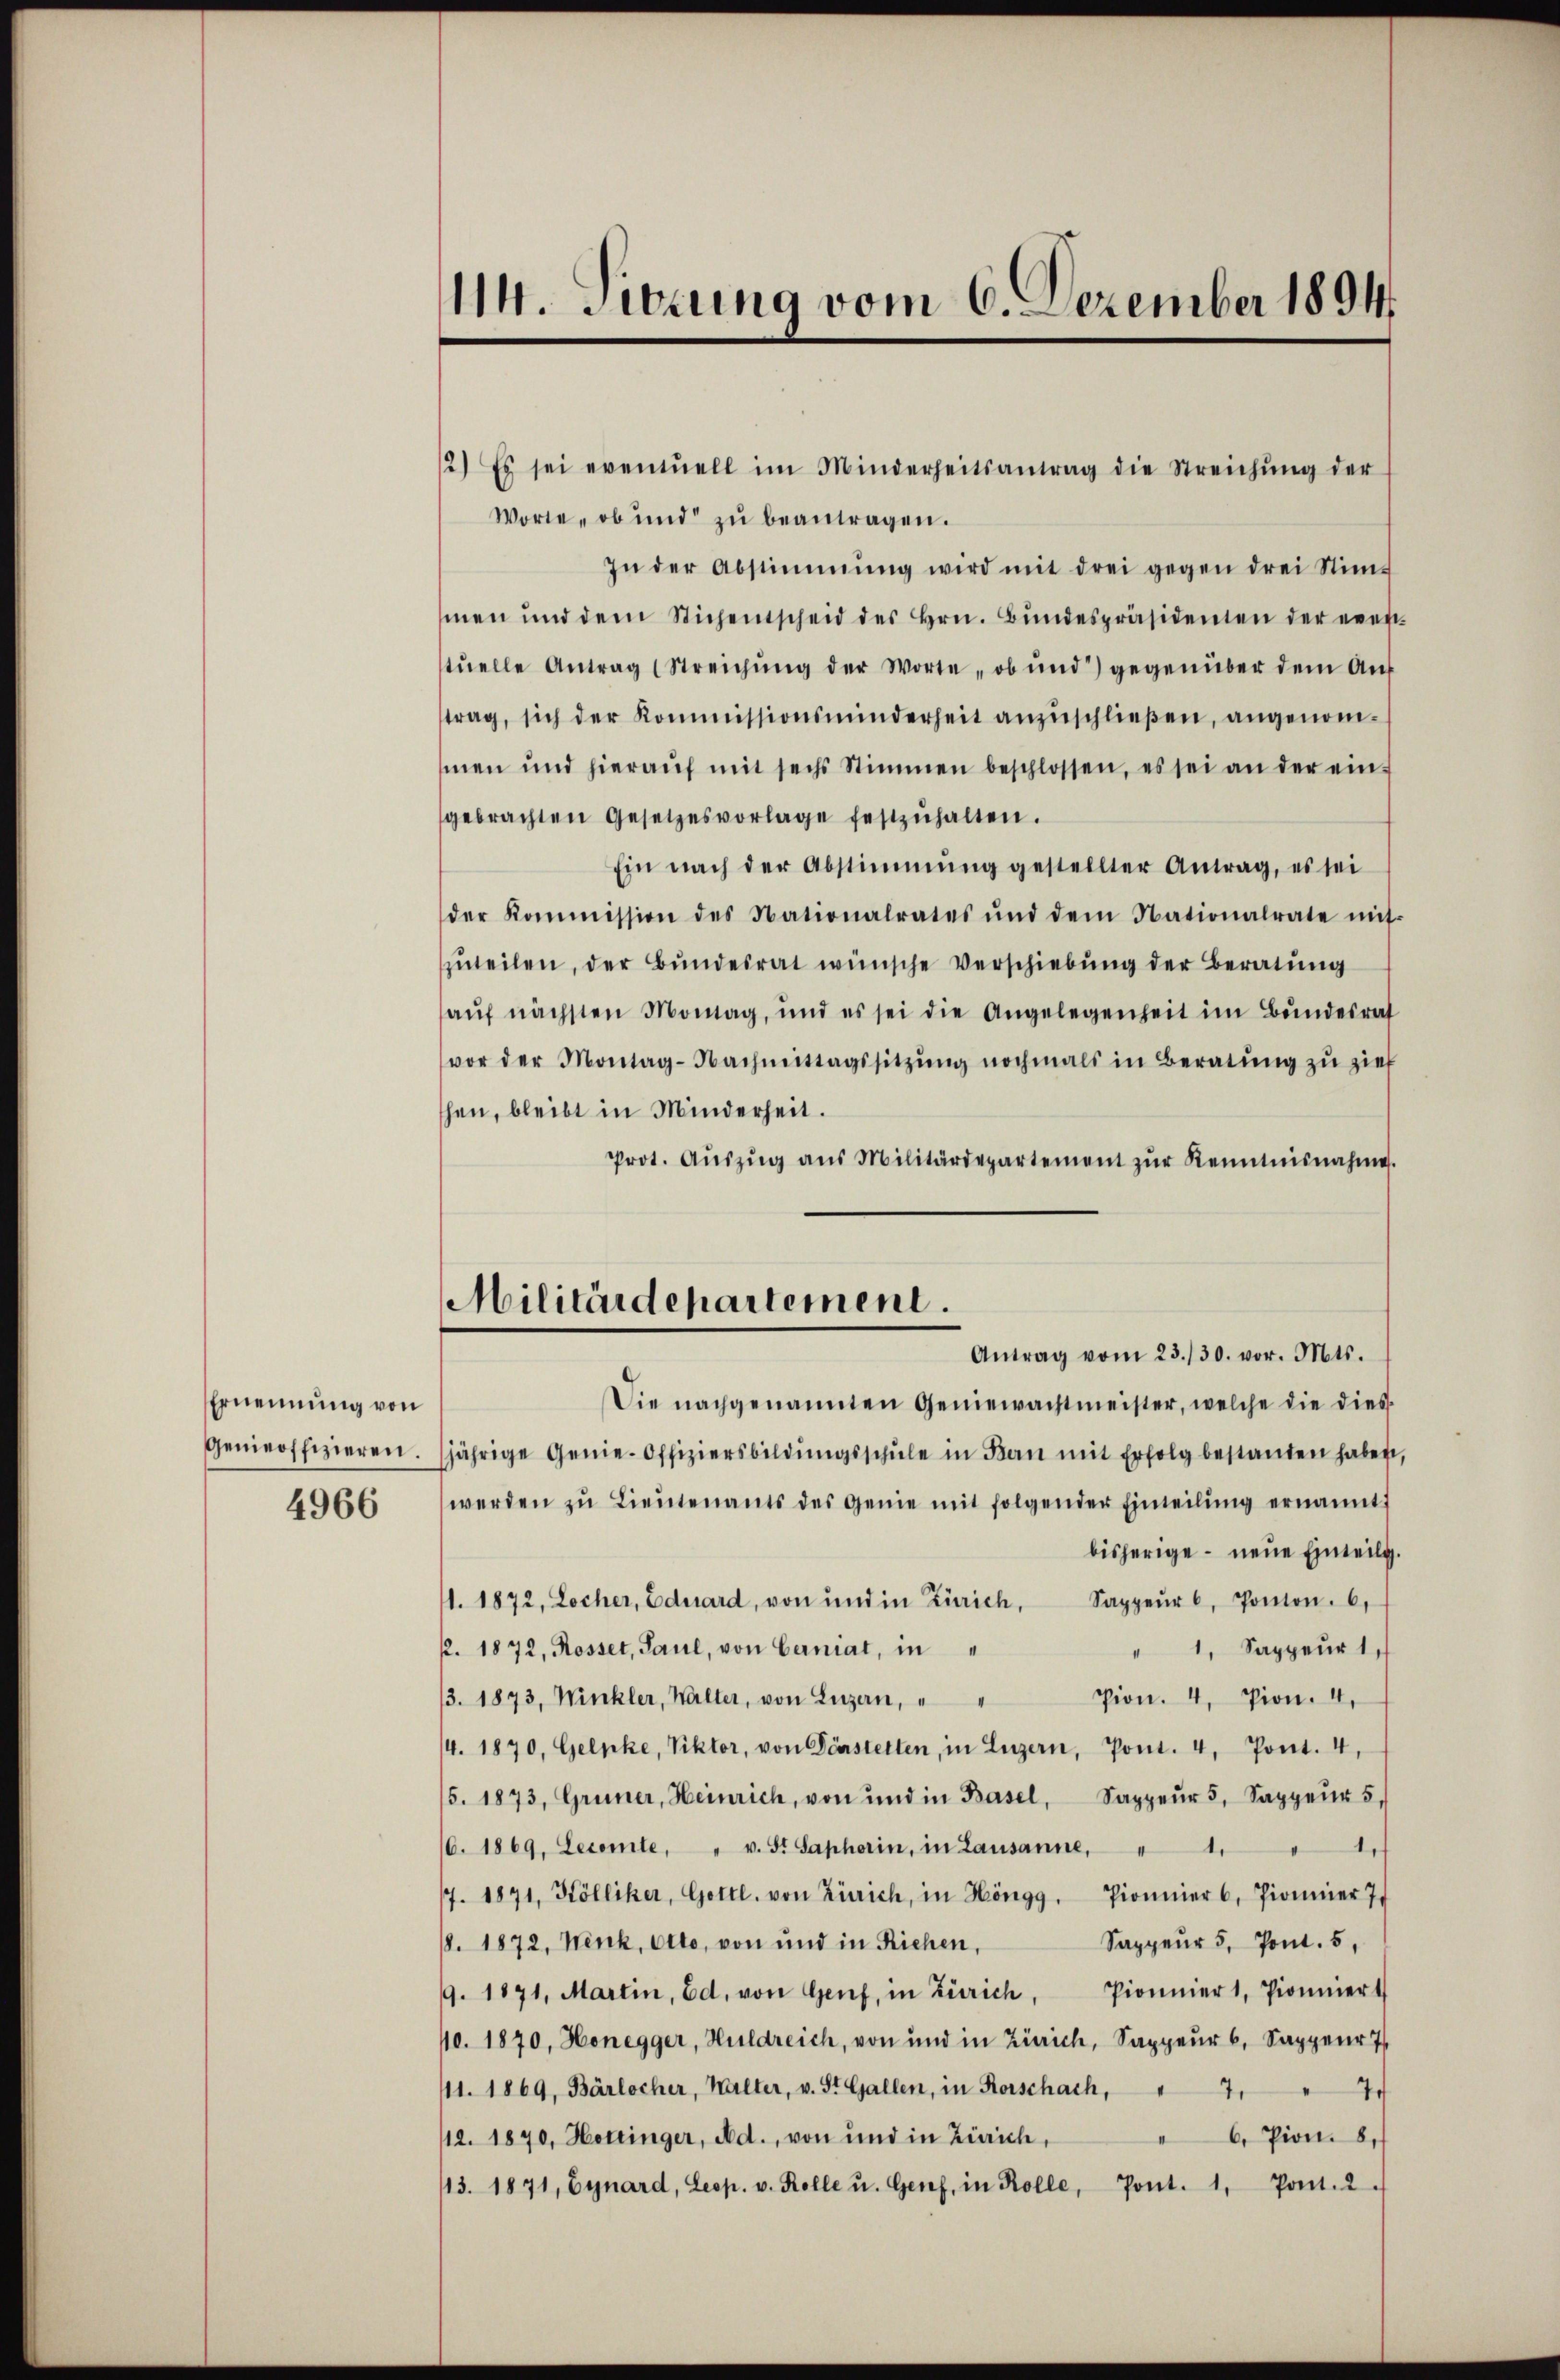
Ernennung von
Genieoffizieren.

4966

114. Sitzung vom 6. Dezember 1894.

Worte, ob und zŭ beantragen.
In der Abstimmung wird mit drei gegen drei Stimmen und dem Stichentscheid des Hrn. Bŭndespräsidenten der evenstŭelle Antrag (Streichŭng der Worte, ob und gegenüber dem Aŭf
trag, sich der Kommissionsminderheit anzŭschließen, angenommen und hieraŭf mit sechs Stimmen beschlossen, es sei an der eingebrachten Gesetzesvorlage festzŭhalten.
Ein nach der Abstimmung gestellter Antrag, es sei
der Kommission des Nationalrates und dem Nationalrate mit-
ŭteilen, der Bŭndesrat wünsche Verschiebung der Beratung
aŭf nächsten Montag, und es sei die Angelegenheit im Bŭndesrat
vor der Montag-Nachmittagssitzŭng nochmals in Beratŭng zŭ zier
hen, bleibt in Minderheit.
Prot. Aŭszŭg aŭs Militärdepartement zŭr Kenntnisnahme.
Die nachgenannten Geniewachtmeister, welche die dies
jährige Genie-Offiziersbildŭngsschŭle in Kan mit Erfolg bestanden haben,
werden zŭ Lieŭtenants des Genie mit folgender Einteilŭng ernannt,
bisherige neue Einteilg.
1. 1872, Locher, Eduard, von und in Zürich, Sappeŭr , Ponton. 6.
p. 1872, Rosset, Saul, von Cerniat, in
" 1, Sappeur 1
3. 1873, Winkler, Walter, von Luzern, " " Pion. 4, Pion. 4.
/4. 1870, Gelpke, Viktor, von Dörstelten, in Luzern, Pont. 4, Pont. 4,
5. 1873, Grüner, Heinrich, von und in Basel, Sappeŭr 5, Sappeŭr 5.
16. 1869, Lecomte, " v. St. Saphorin, in Lausanne,
tes
4
7. 1871, Kölliker, Gottl. von Zürich, in Höngg, Pioniert, Pionier 7
Sappeur 5. Pont. 5,
8. 1872, Nenk, Otto, von und in Riehen,
Pionier 1, Pioniert
/9. 1871, Martin, Ed. von Genf, in Zürich,
10. 1870, Honegger, Huldreich, von und in Zürich, Sappeŭr b. Sappenr 7
41. 1869, Bärlocher, Walter, v. St. Gallen, in Rorschach, " 7
7
" 6 Pion. 8.
/12. 1870, Hottinger, Ad., von und in Zürich,
113. 1871, Eynard, Leop. v. Kolle u. Genf, in Rolle, Pont. 1. Pont.2

2) Es sei eventuell im Minderheitsantrag die Streichŭng der

Militärdepartement.
Antrag vom 23./30. vor. Mts.